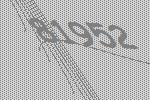
81952